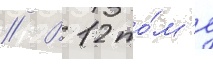
// В 12 то́м'е